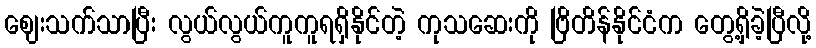
ဈေးသက်သာပြီး လွယ်လွယ်ကူကူရရှိနိုင်တဲ့ ကုသဆေးကို ဗြိတိန်နိုင်ငံက တွေ့ရှိခဲ့ပြီလို့